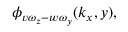
\phi _ { v \omega _ { z } - w \omega _ { y } } ( k _ { x } , y ) ,